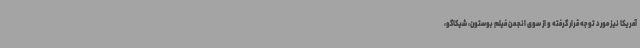
آمریکا نیز مورد توجه قرار گرفته و از سوی انجمن فیلم بوستون، شیکاگو،